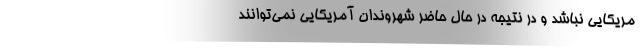
مریکایی نباشد و در نتیجه در حال حاضر شهروندان آمریکایی نمی‌توانند